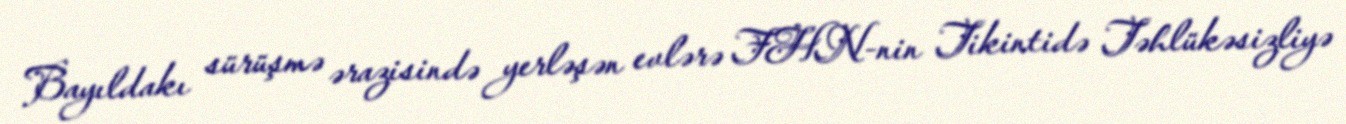
Bayıldakı sürüşmə ərazisində yerləşən evlərə FHN-nin Tikintidə Təhlükəsizliyə